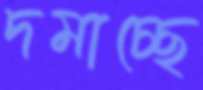
দমাচ্ছে